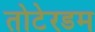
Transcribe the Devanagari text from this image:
तोटेरडम